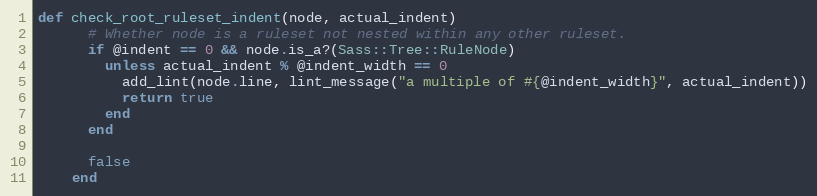
Language: Ruby
def check_root_ruleset_indent(node, actual_indent)
      # Whether node is a ruleset not nested within any other ruleset.
      if @indent == 0 && node.is_a?(Sass::Tree::RuleNode)
        unless actual_indent % @indent_width == 0
          add_lint(node.line, lint_message("a multiple of #{@indent_width}", actual_indent))
          return true
        end
      end

      false
    end